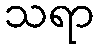
သရာ